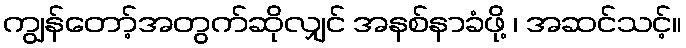
ကျွန်တော့်အတွက်ဆိုလျှင် အနစ်နာခံဖို့ ၊ အဆင်သင့်။